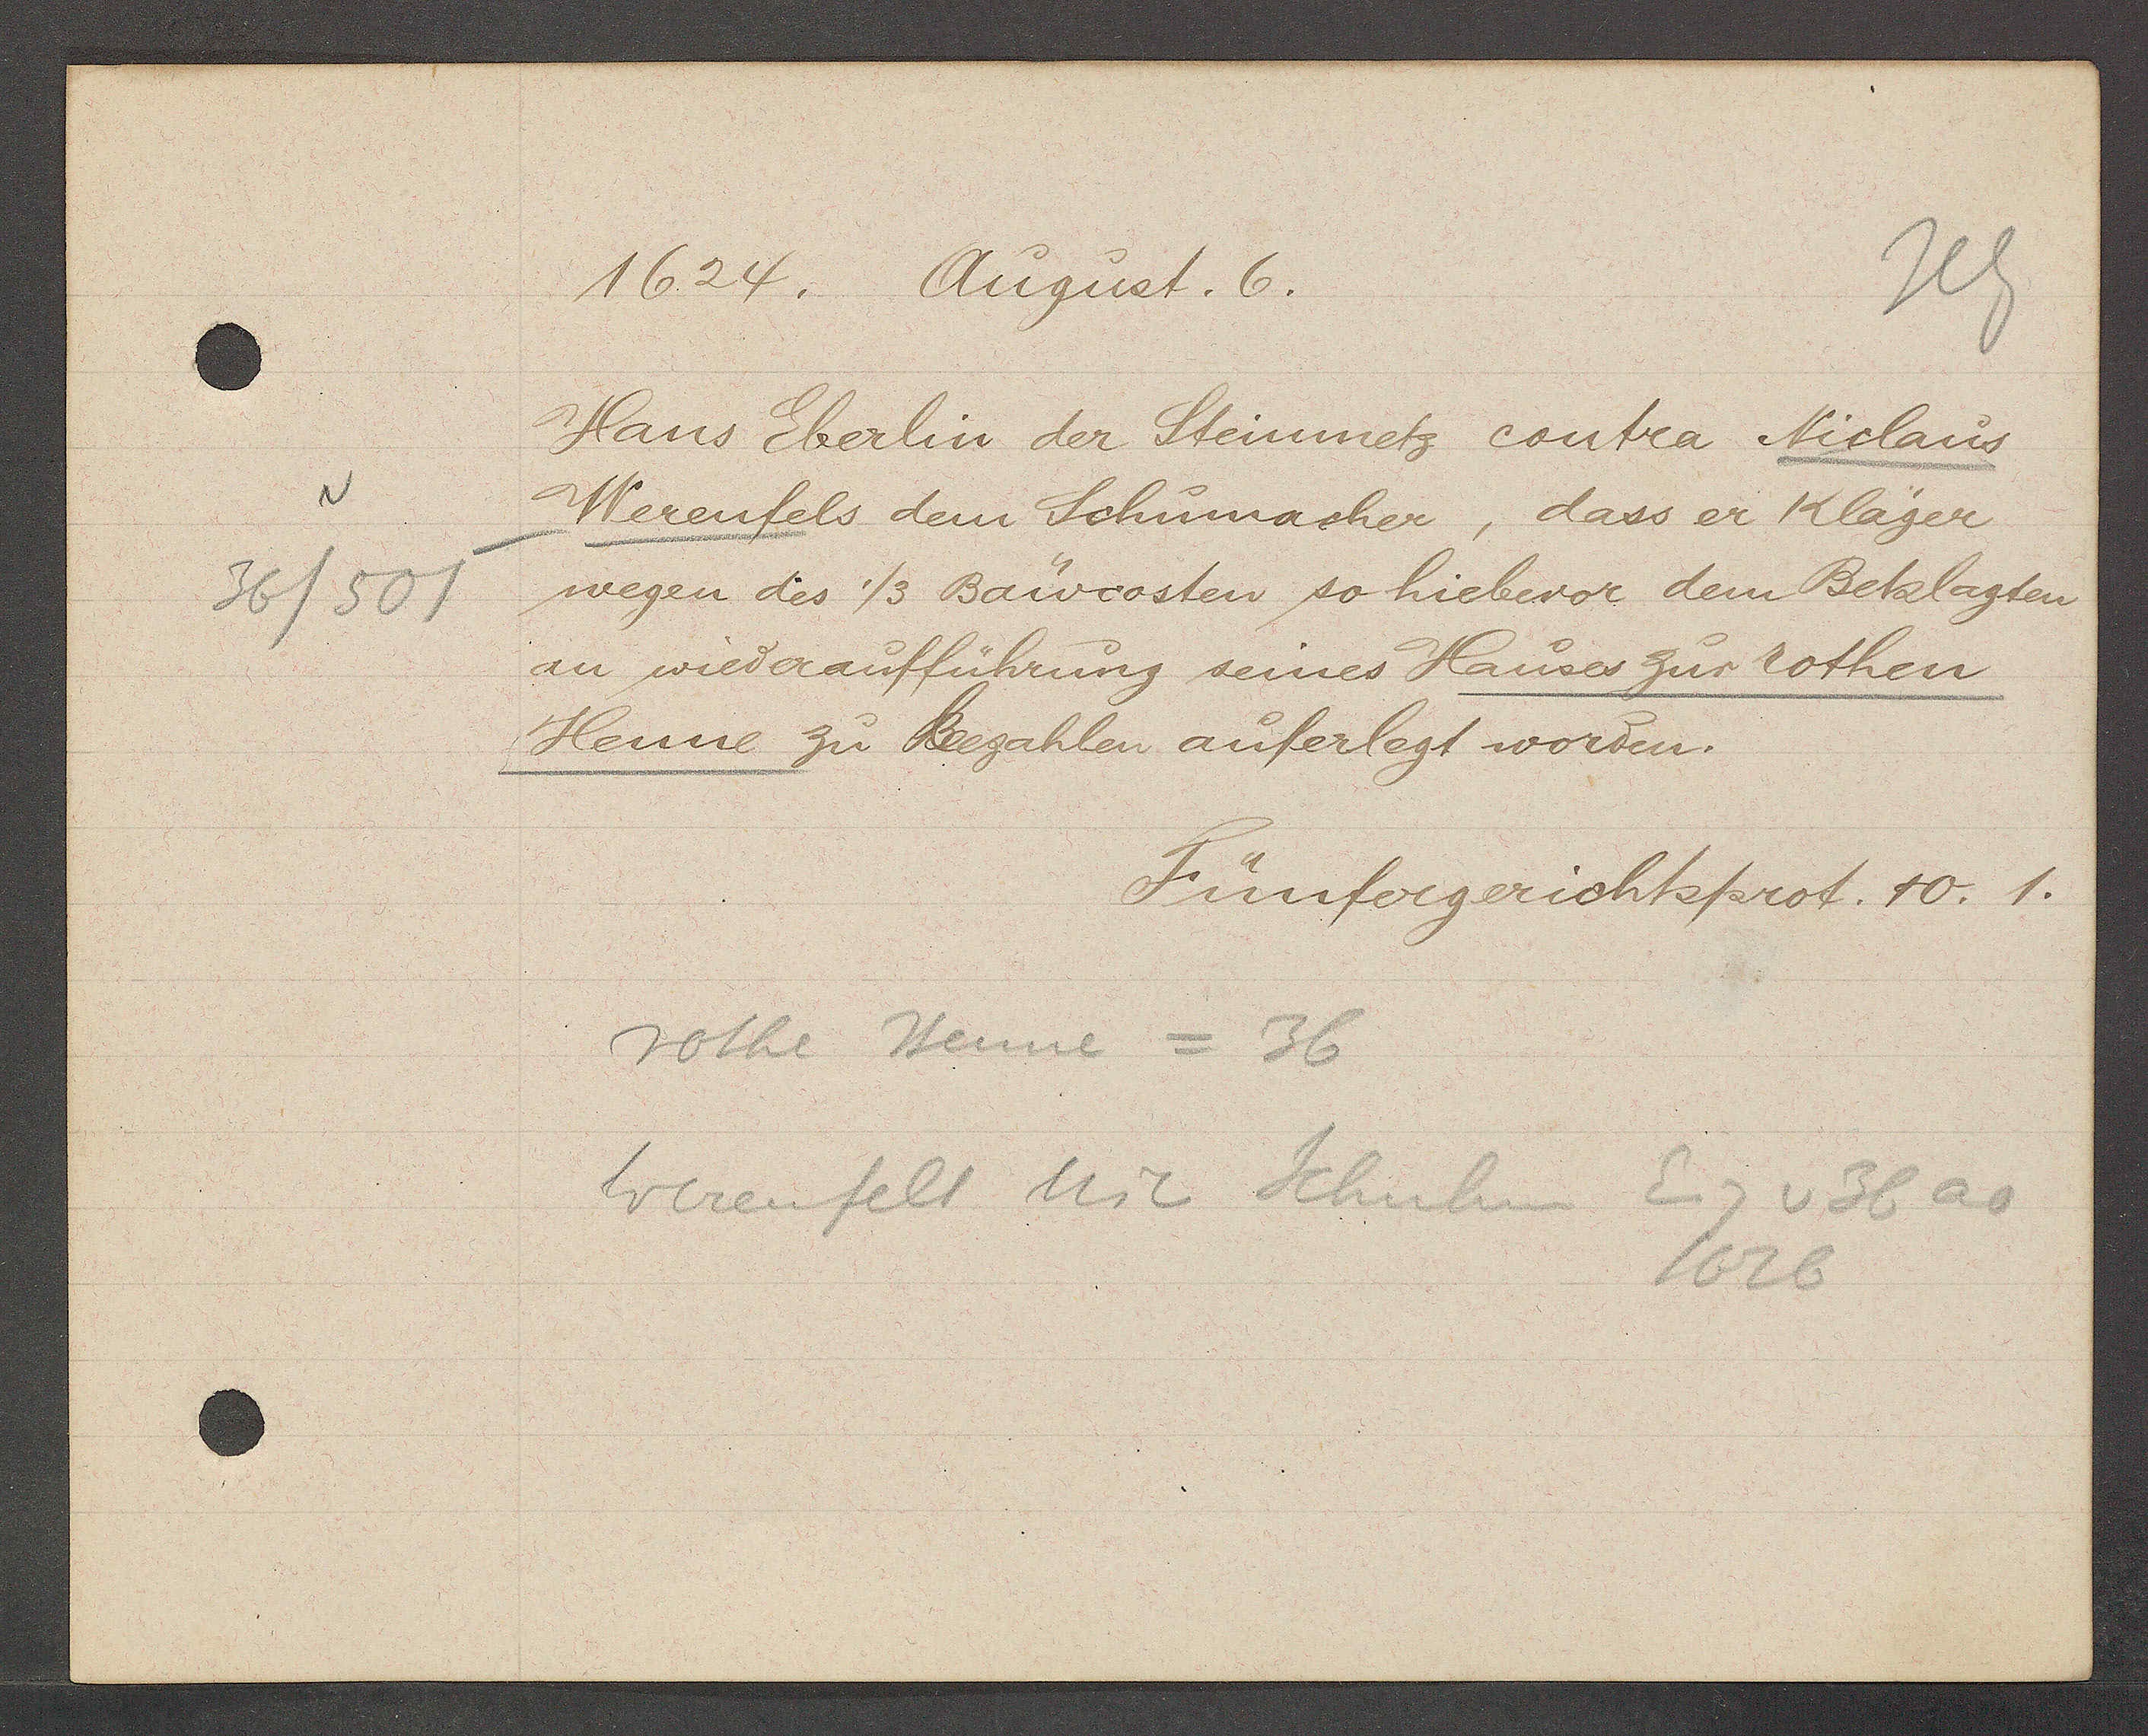
Transcript:
36/501

1624. August. 6.

Hans Eberlin der Steinmetz contra Niclaus
Werenfels dem Schumacher, dass er Kläger
wegen des 1/3 Bawcosten so hiebevor dem Beklagten
an wiederaufführung seines Hauses zur rothen
Henne zu Bezahlen auferlegt worden.

Fünfergerichtsprot. 10. 1.

rothe Henne = 36
Eig v 36 ao
Werenfels Nic Schuhm
1626